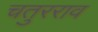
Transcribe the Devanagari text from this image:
चतुरराव